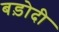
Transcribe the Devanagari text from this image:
बड़ोदी